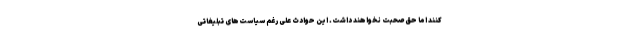
کنند اما حق صحبت نخواهند داشت. این حوادث علی رغم سیاست‌های تبلیغاتی